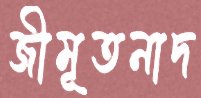
জীমূতনাদ